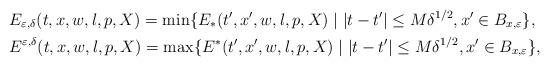
LaTeX: \begin{align*}&E_{\varepsilon,\delta}(t,x,w,l,p,X)=\min\{E_*(t',x',w,l,p,X) \mid |t-t'|\le M\delta^{1/2},x'\in B_{x,\varepsilon}\},\\&E^{\varepsilon,\delta}(t,x,w,l,p,X)=\max\{E^*(t',x',w,l,p,X) \mid |t-t'|\le M\delta^{1/2},x'\in B_{x,\varepsilon}\},\end{align*}